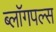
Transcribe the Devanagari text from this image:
ब्लॉगपल्स